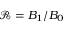
\mathcal { R } = B _ { 1 } / B _ { 0 }